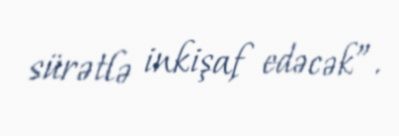
sürətlə inkişaf edəcək”.